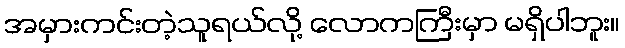
အမှားကင်းတဲ့သူရယ်လို့ လောကကြီးမှာ မရှိပါဘူး။